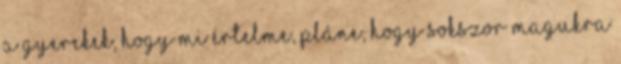
a gyerekek, hogy mi értelme, pláne, hogy sokszor magukra